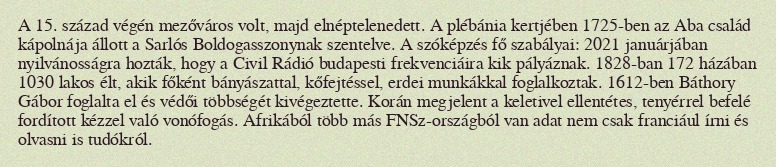
A 15. század végén mezőváros volt, majd elnéptelenedett. A plébánia kertjében 1725-ben az Aba család kápolnája állott a Sarlós Boldogasszonynak szentelve. A szóképzés fő szabályai: 2021 januárjában nyilvánosságra hozták, hogy a Civil Rádió budapesti frekvenciáira kik pályáznak. 1828-ban 172 házában 1030 lakos élt, akik főként bányászattal, kőfejtéssel, erdei munkákkal foglalkoztak. 1612-ben Báthory Gábor foglalta el és védői többségét kivégeztette. Korán megjelent a keletivel ellentétes, tenyérrel befelé fordított kézzel való vonófogás. Afrikából több más FNSz-országból van adat nem csak franciául írni és olvasni is tudókról.